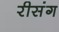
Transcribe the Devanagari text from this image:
रीसंग